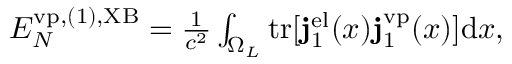
\begin{array} { r } { { \cal E } _ { N } ^ { \ensuremath { \mathrm { v p } } , ( 1 ) , \mathrm { X B } } = \frac { 1 } { c ^ { 2 } } \int _ { \Omega _ { L } } \ensuremath { \mathrm { t r } } [ \ensuremath { \mathbf { j } } _ { 1 } ^ { \ensuremath { \mathrm { e l } } } ( x ) \ensuremath { \mathbf { j } } _ { 1 } ^ { \ensuremath { \mathrm { v p } } } ( x ) ] \ensuremath { \mathrm { d } } x , } \end{array}